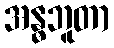
အန္ဓဘူတာ